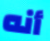
أنه